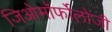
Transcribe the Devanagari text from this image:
जिओमॉर्फोलोजी